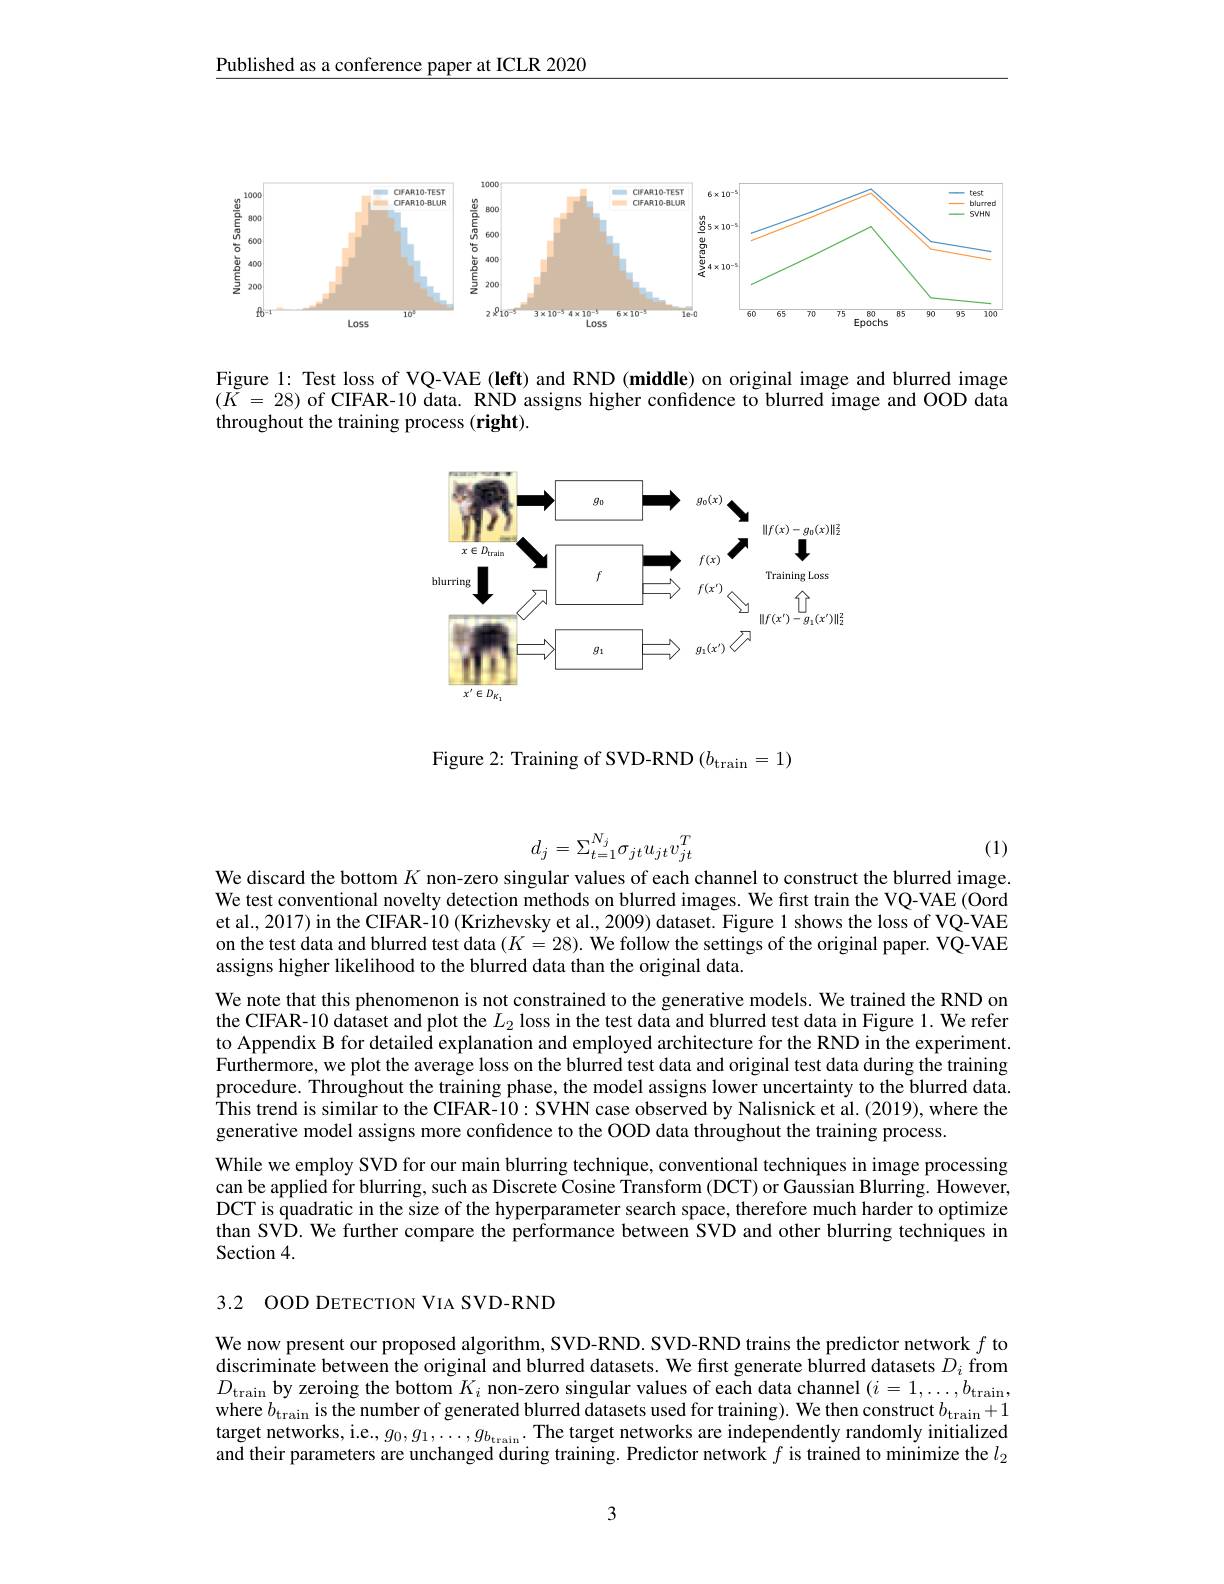
Published as a conference paper at ICLR 2020

<FigureHere>

Figure 1: Test loss of VQ-VAE (left) and RND (middle) on original image and blurred image $(\tilde{K}=28)$ of CIFAR-10 data. RND assigns higher confidence to blurred image and OOD data throughout the training process (right).

<FigureHere>

Figure 2: Training of SVD-RND (b$_\mathrm{train}=1)$
$$d_j=\Sigma_{t=1}^{N_j}\sigma_{jt}u_{jt}v_{jt}^T$$
We discard the bottom $K$ non-zero singular values of each channel to construct the blurred image.

(1)

We test conventional novelty detection methods on blurred images. We first train the VQ-VAE (Oord et al., 2017) in the CIFAR-10 (Krizhevsky et al., 2009) dataset. Figure 1 shows the loss of VQ-VAE on the test data and blurred test data $(K=28).$ We follow the settings of the original paper. VQ-VAE assigns higher likelihood to the blurred data than the original data.
We note that this phenomenon is not constrained to the generative models. We trained the RND on the CIFAR-10 dataset and plot the $L_2$ loss in the test data and blurred test data in Figure 1. We refer to Appendix B for detailed explanation and employed architecture for the RND in the experiment. $\hat{\text{Furthermore, we plot the average loss on the blurred test data and original test data during the training}}$ procedure. Throughout the training phase, the model assigns lower uncertainty to the blurred data. $\hat{\text{This trend is similar to the CIFAR-10}}:\tilde{\text{SVHN case observed by Nalisnick et al.(2019), }}$where the generative model assigns more confidence to the OOD data throughout the training process.
While we employ SVD for our main blurring technique, conventional techniques in image processing can be applied for blurring, such as Discrete Cosine Transform (DCT) or Gaussian Blurring. However, DCT is quadratic in the size of the hyperparameter search space, therefore much harder to optimize than SVD. We further compare the performance between SVD and other blurring techniques in Section 4.

3.2 OOD DETECTION VIA SVD-RND

We now present our proposed algorithm, SVD-RND. SVD-RND trains the predictor network $f$ to discriminate between the original and blurred datasets. We first generate blurred datasets $D_i$ from $D_{\text{train by zeroing the bottom }K_{i}\text{ non-zero singular values of each data channel }(i=1,\ldots,b_{\mathrm{train}},\ldots,b_{\mathrm{train}},\ldots,b_{\mathrm{train}},\ldots,b_{\mathrm{train}},\ldots,b_{\mathrm{train}},\ldots,b_{\mathrm{train}},\ldots,b_{\mathrm{train}},\ldots,b_{\mathrm{trais}},\ldots,b_{\mathrm{train}},\ldots,b_{\mathrm{train}},\ldots,b_{\mathrm{train}},\ldots,b_{\mathrm{t}}}$ where $b_\mathrm{train}$ is the number of generated blurred datasets used for training). We then construct $b_\mathrm{train}+1$ target networks, i.e.. $g_0,g_1,\ldots,g_{b_\text{train}}.$ The target networks are independently randomly initialized and their parameters are unchanged during training. Predictor network $f$ is trained to minimize the $l_2$

3